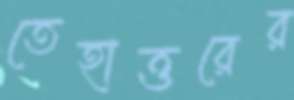
তেহাত্তরের